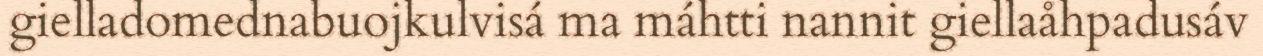
gielladomednabuojkulvisá ma máhtti nannit giellaåhpadusáv